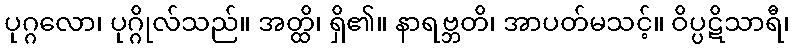
ပုဂ္ဂလော၊ ပုဂ္ဂိုလ်သည်။ အတ္ထိ၊ ရှိ၏။ နာရဗ္ဘတိ၊ အာပတ်မသင့်။ ဝိပ္ပဋိသာရီ၊